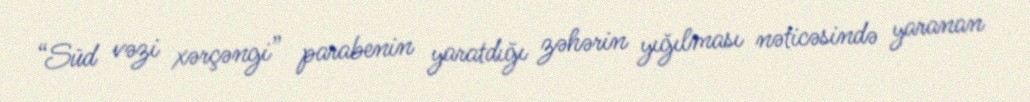
“Süd vəzi xərçəngi” parabenin yaratdığı zəhərin yığılması nəticəsində yaranan